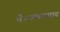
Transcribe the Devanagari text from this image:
वैश्यव्यवसाय